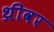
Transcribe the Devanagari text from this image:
थ्रीवर